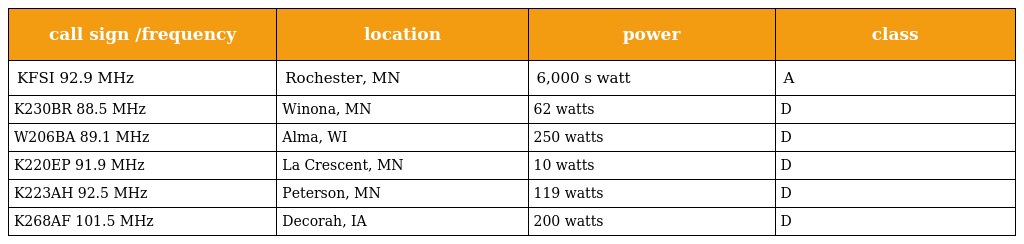
| call sign /frequency | location | power | class |
 | --- | --- | --- | --- |
 | KFSI 92.9 MHz | Rochester, MN | 6,000 s watt | A |
 | K230BR 88.5 MHz | Winona, MN | 62 watts | D |
 | W206BA 89.1 MHz | Alma, WI | 250 watts | D |
 | K220EP 91.9 MHz | La Crescent, MN | 10 watts | D |
 | K223AH 92.5 MHz | Peterson, MN | 119 watts | D |
 | K268AF 101.5 MHz | Decorah, IA | 200 watts | D |